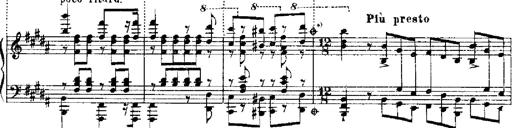
Title: RÃ©miniscences de Robert le diable
Composer: Franz Liszt